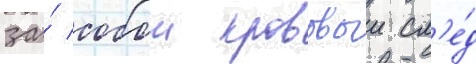
за́ собои кровавыи сл'е́д